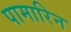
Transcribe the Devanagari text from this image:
पामारिन